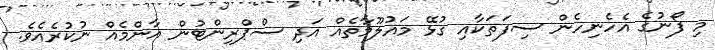
މި ފޯނުގެ އެހެނިހެން ސިފަތަކާއި ގުޅޭ މައުލޫމާތެއް އަދި ސްޕްރިންޓުން އާންމެއް ނުކުރެއެވެ.